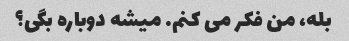
بله، من فکر می کنم. میشه دوباره بگی؟